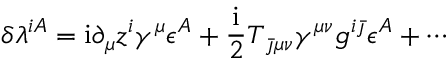
\delta \lambda ^ { i A } = \mathrm { i } \partial _ { \mu } z ^ { i } \gamma ^ { \mu } \epsilon ^ { A } + { \frac { \mathrm { i } } { 2 } } T _ { \bar { \jmath } \mu \nu } \gamma ^ { \mu \nu } g ^ { i \bar { \jmath } } \epsilon ^ { A } + \cdots